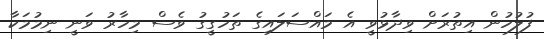
ފުލުހުން އިތުރަށް ވިދާޅުވީ އެ މައްސަލައިގެ ތަހުގީގު ވެސް މިހާރު ވަނީ ނިމުމަކާ